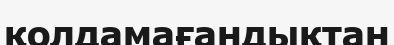
қолдамағандықтан